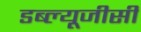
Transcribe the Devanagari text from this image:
डब्ल्यूजीसी